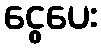
ငွေပေး